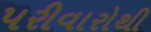
પરીવારોથી